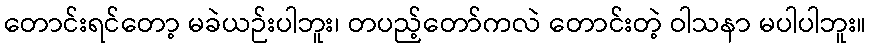
တောင်းရင်တော့ မခဲယဉ်းပါဘူး၊ တပည့်တော်ကလဲ တောင်းတဲ့ ဝါသနာ မပါပါဘူး။